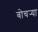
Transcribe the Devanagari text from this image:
बोचर्‍या